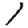
Digit: 1